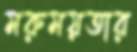
মরুময়তার